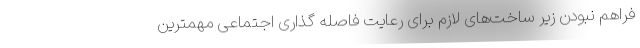
فراهم نبودن زیر ساخت‌های لازم برای رعایت فاصله گذاری اجتماعی مهمترین